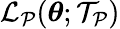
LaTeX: \mathcal{L}_{\mathcal{P}}(\boldsymbol{\theta};\mathcal{T}_{\mathcal{P}})